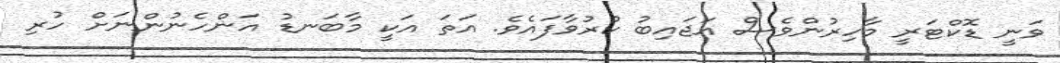
ވަނީ ޑޮކްޓަރީ މާހިރުންވެސް އަޖައިބު ކުރުވާފައެވެ. އަތަ އަކީ މާބަނޑު އަންހެނުންނަށް ހުރި